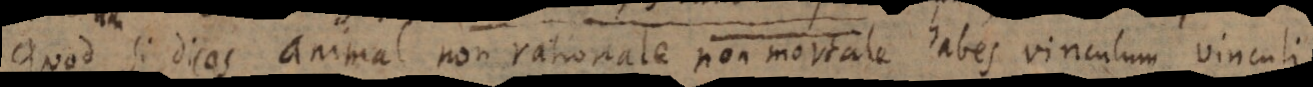
Quod si dicas animal non rationale non mortale habes vinculum vinculi.